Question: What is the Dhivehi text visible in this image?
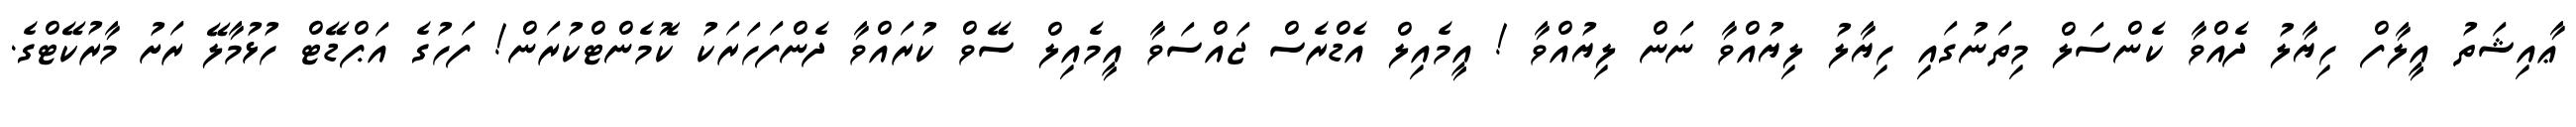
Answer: ޢާއިޝަތު އީލާފް ހިޔާލު ދެއްވާ ކެންސަލް މިތަނުގައި ހިޔާލު ލިޔުއްވާ ނަން ލިޔުއްވާ ! އީމެއިލް އެޑްރެސް ޖައްސަވާ އީމެއިލް ސޭވް ކުރައްވާ ދެންފަހަރަކު ކޮމެންޓްކުރަން! ފަހުގެ އަޕްޑޭޓް ހުޅުމާލޭ ރަށު މާރުކޭޓްގެ.